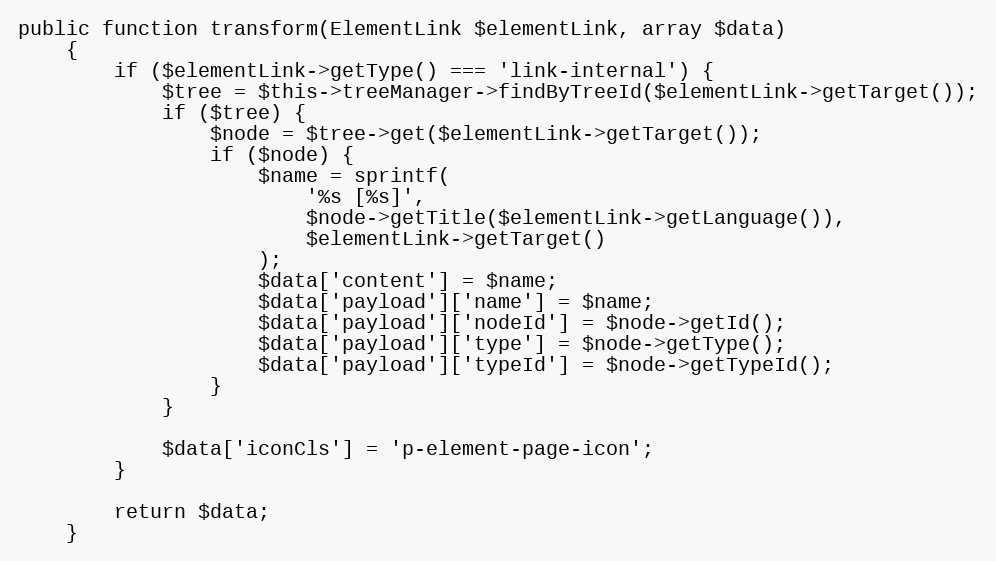
Language: PHP
public function transform(ElementLink $elementLink, array $data)
    {
        if ($elementLink->getType() === 'link-internal') {
            $tree = $this->treeManager->findByTreeId($elementLink->getTarget());
            if ($tree) {
                $node = $tree->get($elementLink->getTarget());
                if ($node) {
                    $name = sprintf(
                        '%s [%s]',
                        $node->getTitle($elementLink->getLanguage()),
                        $elementLink->getTarget()
                    );
                    $data['content'] = $name;
                    $data['payload']['name'] = $name;
                    $data['payload']['nodeId'] = $node->getId();
                    $data['payload']['type'] = $node->getType();
                    $data['payload']['typeId'] = $node->getTypeId();
                }
            }

            $data['iconCls'] = 'p-element-page-icon';
        }

        return $data;
    }